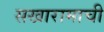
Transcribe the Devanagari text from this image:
सखारामाची